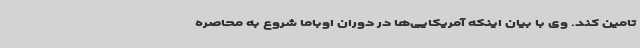
تامین کند. وی با بیان اینکه آمریکایی‌ها در دوران اوباما شروع به محاصره